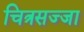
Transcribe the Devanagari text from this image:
चित्रसज्जा